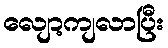
လျော့ကျလာပြီး